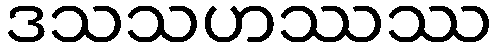
ဒသသဟဿဿ